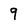
Character: 9